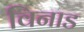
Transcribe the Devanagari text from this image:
विनाड